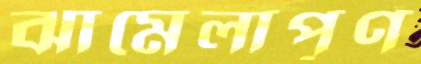
ঝামেলাপূর্ণ